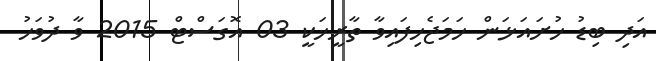
އަދި ބިޑު ހުށައަޅަން ހަމަޖެހިފައިވާ ތާރީޚަކީ 03 އޮގަސްޓް 2015 ވާ ދުވަހު